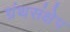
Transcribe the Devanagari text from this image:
ग्रंथसंक्षेप